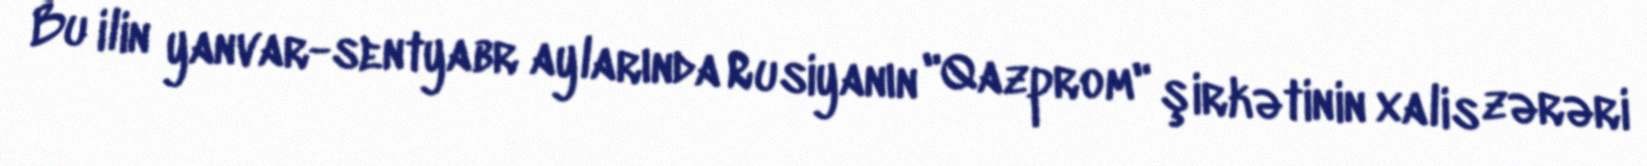
Bu ilin yanvar-sentyabr aylarında Rusiyanın "Qazprom" şirkətinin xalis zərəri